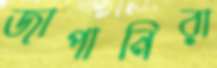
জাপানিরা